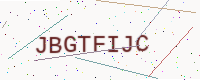
Text: JBGTFIJC